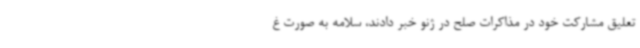
تعلیق مشارکت خود در مذاکرات صلح در ژنو خبر دادند، سلامه به صورت غ